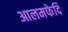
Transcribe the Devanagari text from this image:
आलमफेदि